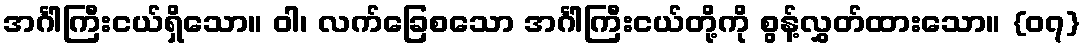
အင်္ဂါကြီးငယ်ရှိသော။ ဝါ၊ လက်ခြေစသော အင်္ဂါကြီးငယ်တို့ကို စွန့်လွှတ်ထားသော။ {၀၇}